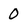
Character: 0